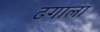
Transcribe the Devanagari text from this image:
ढगाला